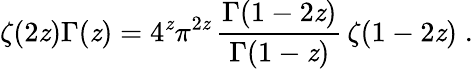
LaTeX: \zeta(2\mathit{z})\Gamma(\mathit{z})=4^{\mathit{z}}\pi^{2\mathit{z}}\, \frac{{\Gamma(1-2\mathit{z})}}{{\Gamma(1-\mathit{z})}}\, \zeta(1-2\mathit{z})\; .